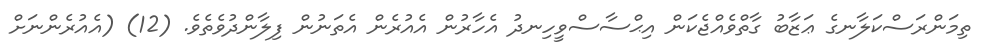
ތިމަންރަސްކަލާނގެ ޢަޒާބު ގާތްވެއްޖެކަން އިޙްސާސްވީހިނދު އެހާރުން އެއުރެން އެތަނުން ފިލާންދުވެތެވެ. (12) (އެއުރެންނަށް